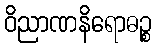
ဝိညာဏနိရောဓဉ္စ